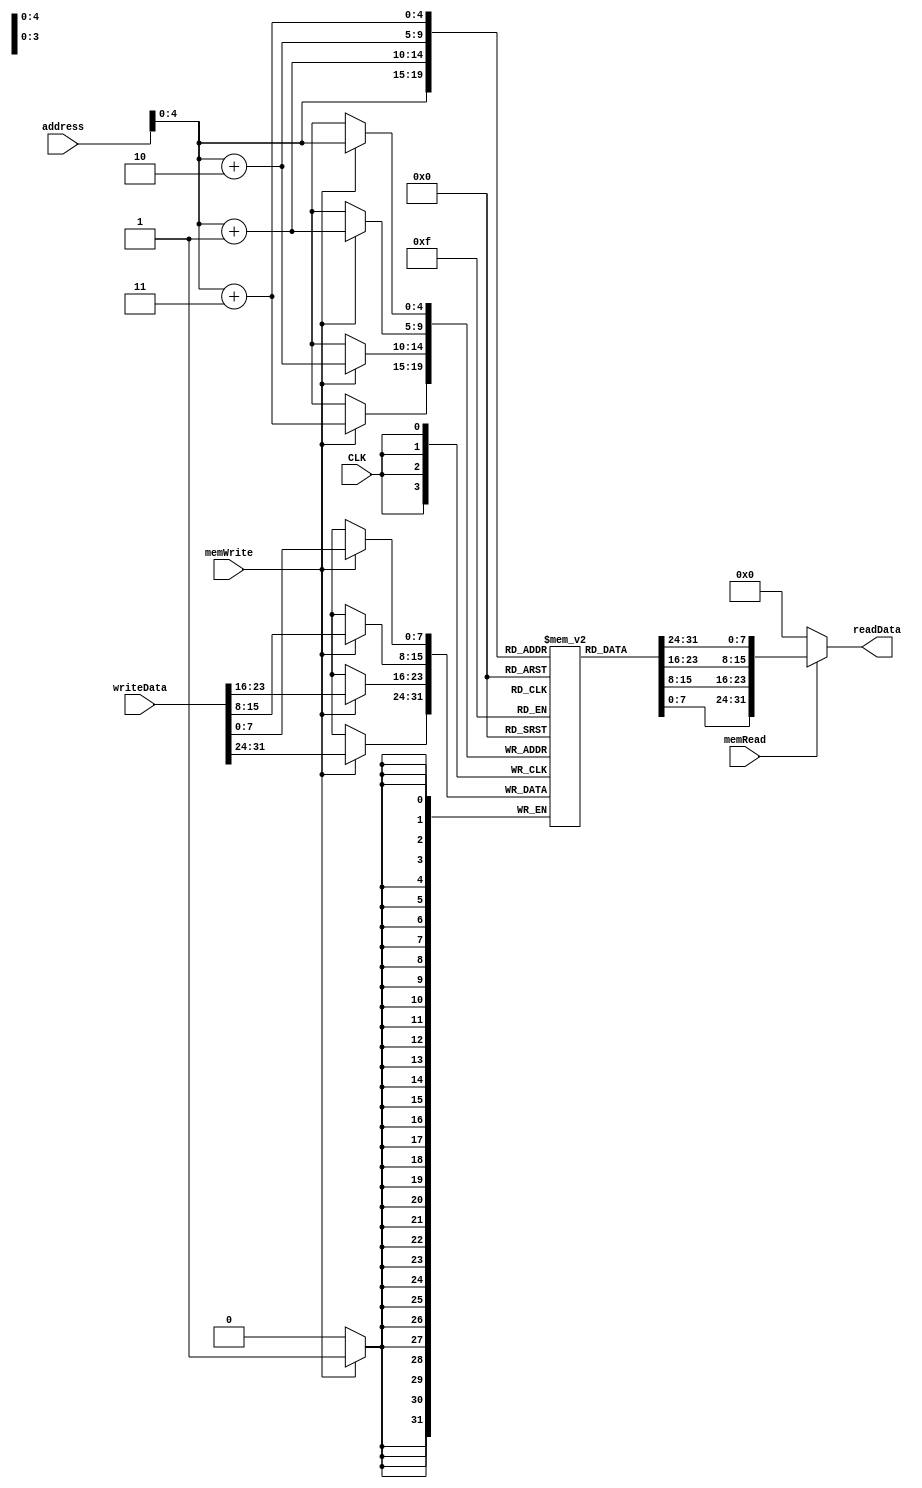
module DataMemory(
    input CLK,
    input [31:0] address,
    input [31:0] writeData,
    input memWrite,
    input memRead,
    output [31:0] readData
    );
    
    reg [7:0] memFile[0:31];
    reg [31:0] readData;
    
    initial begin
        memFile[0] = 8'h1;
        memFile[1] = 8'h0;
        memFile[2] = 8'h0;
        memFile[3] = 8'h0;
        memFile[4] = 8'h2;
        memFile[5] = 8'h0;
        memFile[6] = 8'h0;
        memFile[7] = 8'h0;
        memFile[8] = 8'h3;
        memFile[9] = 8'h0;
        memFile[10] = 8'h0;
        memFile[11] = 8'h0;
        memFile[12] = 8'h4;
        memFile[13] = 8'h0;
        memFile[14] = 8'h0;
        memFile[15] = 8'h0;
    end
    
    always @ (address or memRead)
    begin
        if (memRead)
            readData = {memFile[address+3], memFile[address+2], memFile[address+1], memFile[address]};
        else
            readData = 0;
    end        
    
    always @ (negedge CLK)
    begin
        if (memWrite)
        begin
            memFile[address] <= writeData[7:0];
            memFile[address+1] <= writeData[15:8];
            memFile[address+2] <= writeData[23:16];
            memFile[address+3] <= writeData[31:24];
        end
    end
        
endmodule